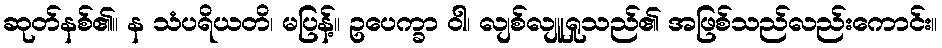
ဆုတ်နစ်၏။ န သံပရိယတိ၊ မပြန့်။ ဥပေက္ခာ ဝါ၊ လျစ်လျူရှုသည်၏ အဖြစ်သည်လည်းကောင်း။